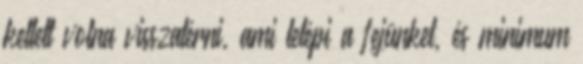
kellett volna visszatérni, ami letépi a fejünket, és minimum